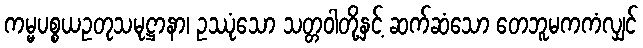
ကမ္မပစ္စယဥတုသမုဋ္ဌာနာ၊ ဥဿုံသော သတ္တဝါတို့နှင့် ဆက်ဆံသော တေဘူမကကံလျှင်